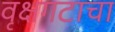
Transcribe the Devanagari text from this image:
वृक्षगटाचा